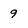
Character: 9